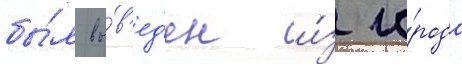
бы́л вы́в'ед'ен и́з го́рода